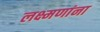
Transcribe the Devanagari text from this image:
लक्ष्मणांना